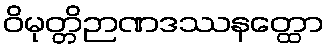
ဝိမုတ္တိဉာဏဒဿနတ္ထော